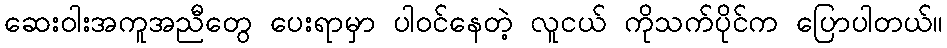
ဆေးဝါးအကူအညီတွေ ပေးရာမှာ ပါဝင်နေတဲ့ လူငယ် ကိုသက်ပိုင်က ပြောပါတယ်။